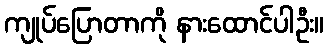
ကျုပ်ပြောတာကို နားထောင်ပါဦး။